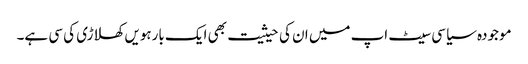
موجودہ سیاسی سیٹ اپ میں ان کی حیثیت بھی ایک بارہویں کھلاڑی کی سی ہے۔